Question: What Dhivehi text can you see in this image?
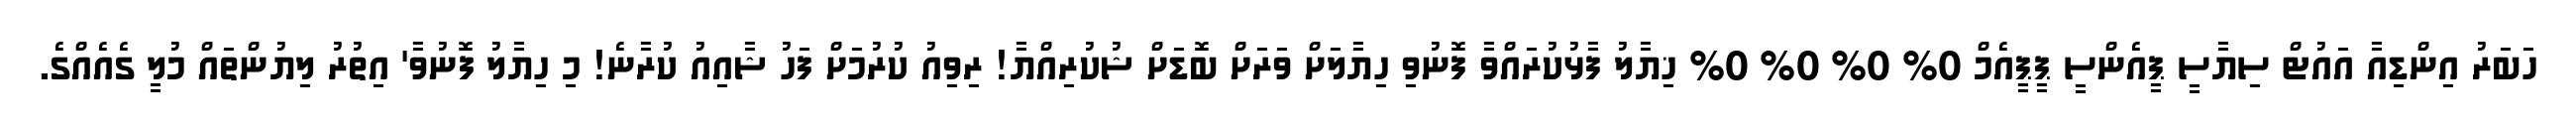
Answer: ހަބަރު އިންޑިއާ އައުޓް ސިޔާސީ ޕީއެންސީ ޕީޕީއެމް 0% 0% 0% 0% ޚިޔާލު ފާޅުކުރައްވާ ފޮނުވި ހިޔާލަށް ވަރަށް ބޮޑަށް ޝުކުރިއްޔާ! ރިވިއު ކުރުމަށް ފަހު ޝާއިއު ކުރާނެ! މި ހިޔާލު ފޮނުވާ' އިތުރު ލިޔުންތައް މުލީ ގެއެއްގެ.